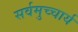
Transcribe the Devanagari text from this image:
सर्वमुच्चार्य